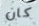
كان